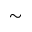
\sim